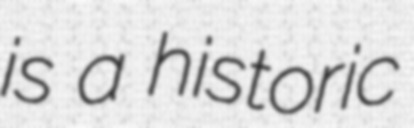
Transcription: is a historic